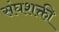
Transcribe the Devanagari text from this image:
संघशक्ती